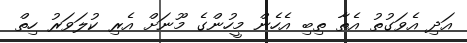
އަދި އެވަގުތު އެތާ ތިބި އެހެން މީހުންގެ މޫނަށް އެރި ކުލަވަރު ހިތް